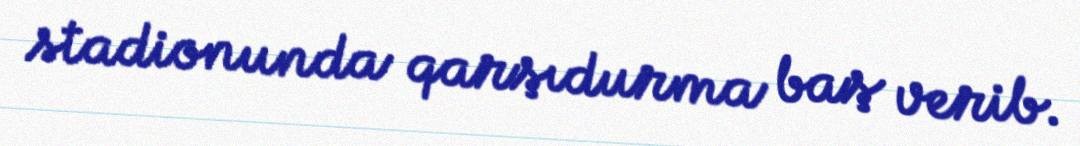
stadionunda qarşıdurma baş verib.